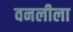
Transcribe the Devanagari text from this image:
वनलीला